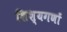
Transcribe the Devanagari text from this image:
शिश्यगणों